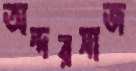
অন্দরসাজ